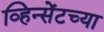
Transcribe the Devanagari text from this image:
व्हिन्सेंटच्या